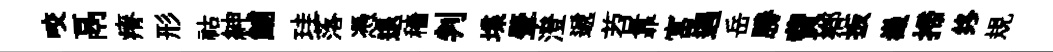
咬鬲瘠形祜紳鯆珪落憑退穡判堞肇澄遞苕靠富遇岳勝費鄉扳嶻掃终規